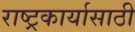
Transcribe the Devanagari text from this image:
राष्ट्रकार्यासाठी